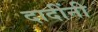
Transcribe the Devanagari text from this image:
दादींनी